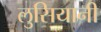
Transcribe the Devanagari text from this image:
लुसियानी